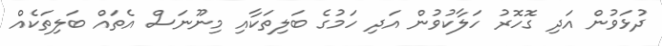
ދުޅަވުން އަދި ގޮހޮރު ހަލާކުވުން އަދި ހަމުގެ ބަލިތަކާއި މިނޫނަސް އެތައް ބަލިތަކެއް